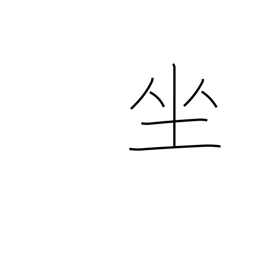
Meaning: sit